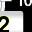
Digit: 2